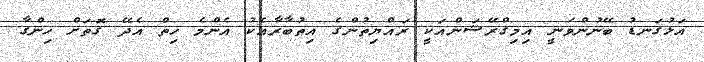
އަޅުގަނޑު ބޭނުންވަނީ އިމިގްރޭޝަންއަކީ ރައްޔިތުންގެ އިތުބާރާއެކު އެންމެ ހިތް އެދޭ ގޮތަށް ހިންގާ